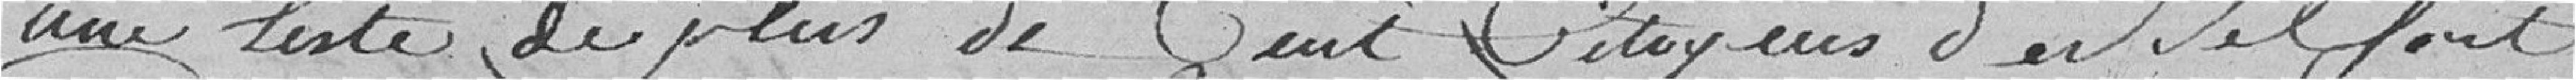
une liste de plus de cent citoyens